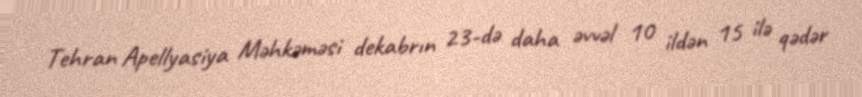
Tehran Apellyasiya Məhkəməsi dekabrın 23-də daha əvvəl 10 ildən 15 ilə qədər